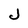
Character: J